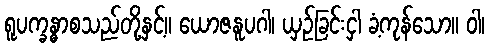
ရူပက္ခန္ဓာစသည်တို့နှင့်။ ယောဇနူပဂါ၊ ယှဉ်ခြင်းငှါ ခံ့ကုန်သော။ ဝါ၊